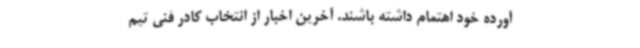
آورده خود اهتمام داشته باشند. آخرین ‌اخبار از انتخاب کادر فنی تیم‌